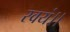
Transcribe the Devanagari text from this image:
स्वयं।।